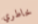
خاطري